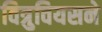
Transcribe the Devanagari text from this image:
वित्रुवियसने